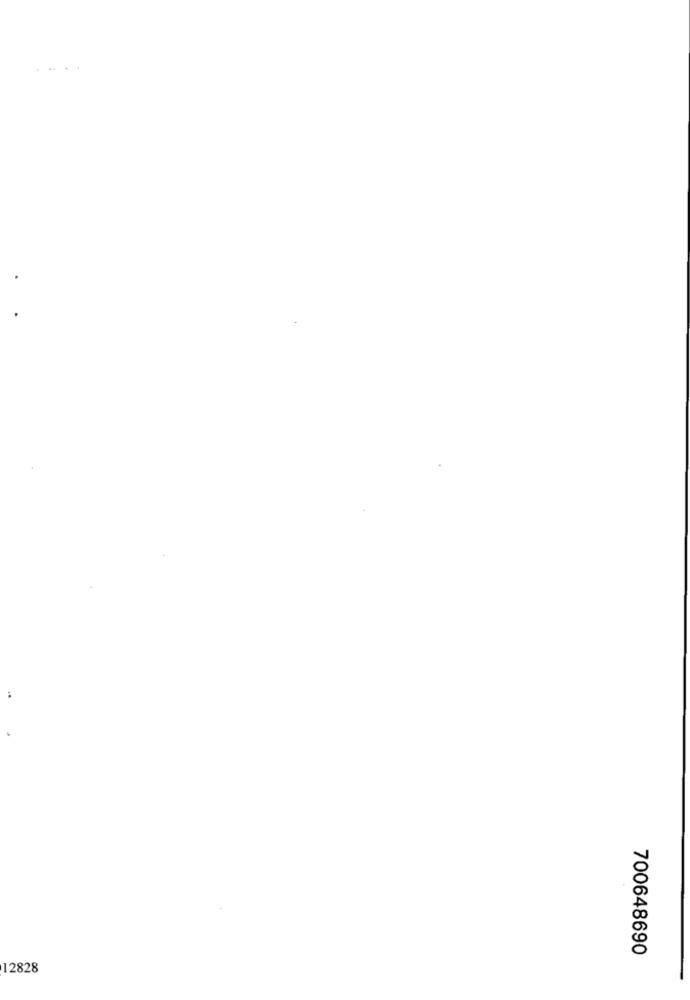
... ..
700648690
12828